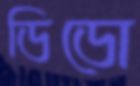
ডিডো